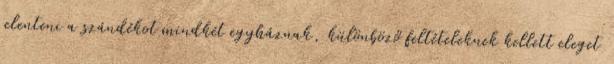
jelenteni a szándékot mindkét egyháznak, különböző feltételeknek kellett eleget